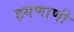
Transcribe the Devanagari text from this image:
हयणाणी